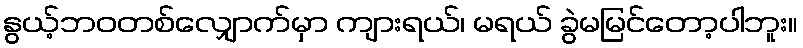
နွယ့်ဘဝတစ်လျှောက်မှာ ကျားရယ်၊ မရယ် ခွဲမမြင်တော့ပါဘူး။